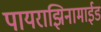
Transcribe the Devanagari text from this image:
पायराझिनामाईड